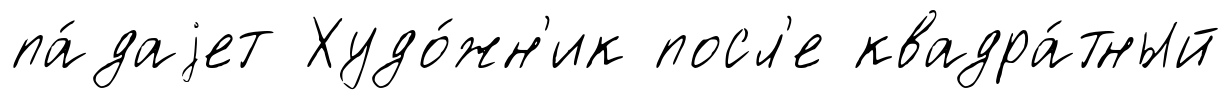
па́даjет Худо́жн'ик посл'е квадра́тный